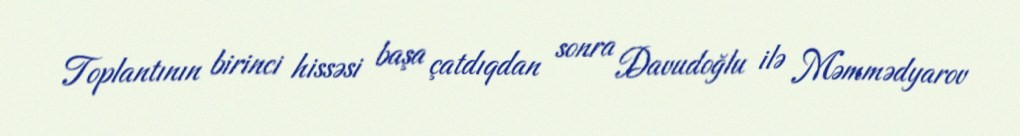
Toplantının birinci hissəsi başa çatdıqdan sonra Davudoğlu ilə Məmmədyarov